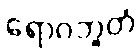
ရောဂဘူတံ